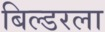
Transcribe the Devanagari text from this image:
बिल्डरला